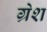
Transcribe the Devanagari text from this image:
ग्रेश